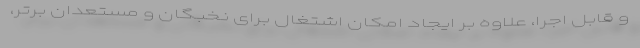
و قابل اجرا، علاوه بر ایجاد امکان اشتغال برای نخبگان و مستعدان برتر،